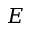
E